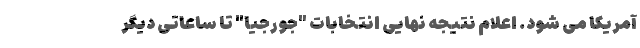
آمریکا می شود. اعلام نتیجه نهایی انتخابات "جورجیا" تا ساعاتی دیگر